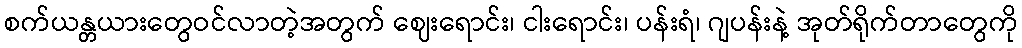
စက်ယန္တယားတွေဝင်လာတဲ့အတွက် ဈေးရောင်း၊ ငါးရောင်း၊ ပန်းရံ၊ ဂျပန်းနဲ့ အုတ်ရိုက်တာတွေကို